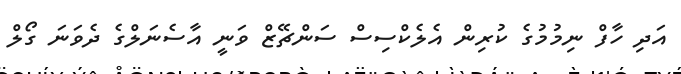
އަދި ހާފް ނިމުމުގެ ކުރިން އެލެކްސިސް ސަންޗޭޒް ވަނީ އާސެނަލްގެ ދެވަނަ ގޯލް